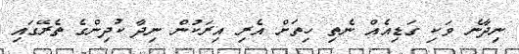
ނިދާނެ ވަކި ގަޑިއެއް ނެތި ހިތަށް އެރި އިރަކުން ނިދާ ކުދިންގެ ތެރޭގައި